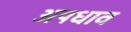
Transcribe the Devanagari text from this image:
अपधाव